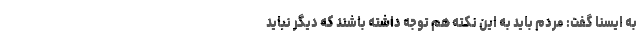
به ایسنا گفت: مردم باید به این نکته هم توجه داشته باشند که دیگر نباید